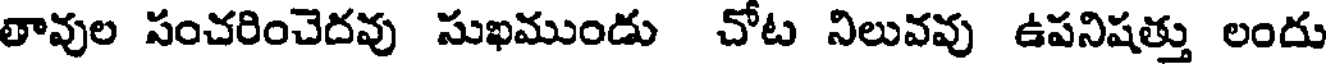
తావుల పంచరించెదవు సుఖముండు చోట నిలువవు ఉపనిషత్తు లందు